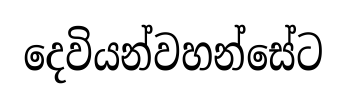
දෙවියන්වහන්සේට